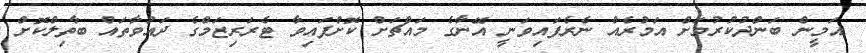
އަމީން ބަންދުކުރުމަށް އަމުރެއް ނެރެފައިވަނީ އޭނާގެ މައްޗަށް ކޮށްފައިވާ ޓެރަރިޒަމްގެ ދައުވާތައް ބާތިލްކޮށް